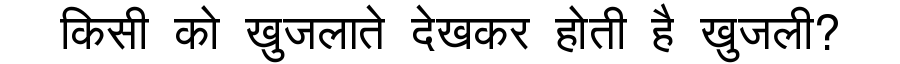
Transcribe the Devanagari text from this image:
किसी को खुजलाते देखकर होती है खुजली?